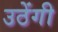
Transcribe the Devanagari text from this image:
उठेंगी